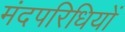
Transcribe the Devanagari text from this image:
मंदपरिधियों